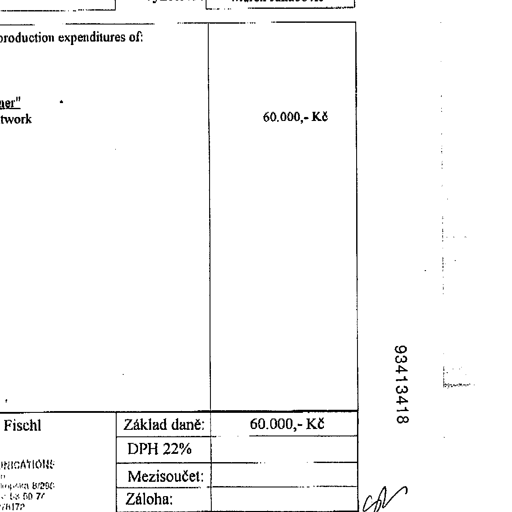
Transcript:
production expenditures of:
60.000,- Kč
93413418
Fischl Základ daně: 60.000,- Kč
DPH 22%
Mezisoučet:
Záloha: col